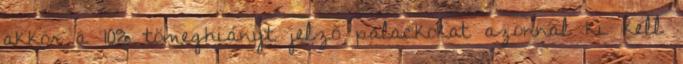
akkor a 10% tömeghiányt jelzõ palackokat azonnal ki kell